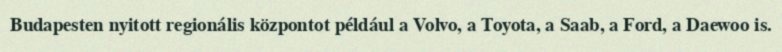
Budapesten nyitott regionális központot például a Volvo, a Toyota, a Saab, a Ford, a Daewoo is.